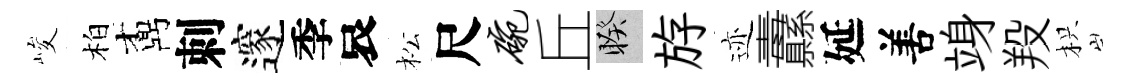
峻柏鼒刺邃季哀松尺碗丘睽斿迹纛延𠵊竧羖枳